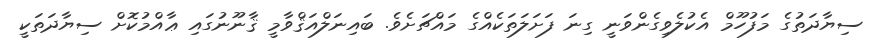
ސިޔާދަތުގެ މަފުހޫމް އެކުލެވިގެންވަނީ ގިނަ ފަށަލަތަކެއްގެ މައްޗަށެވެ. ބައިނަލްއަޤްވާމީ ޤާނޫނުގައި ޢާއްމުކޮށް ސިޔާދަތަކީ